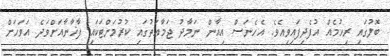
ބޮލުގައި ރިހުމެއް އުފެދިފައިވިއެވެ. އެހެނަސް އިއާން ނަމާދު ޖަމާޢަތުގައި ކުރުމަށްޓަކައި ފާޚާނާއަށްވަދެ އަވަހަށް